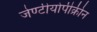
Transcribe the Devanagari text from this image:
जेण्टीयोपीक्रीन